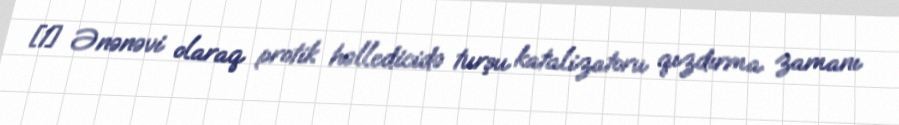
[1] Ənənəvi olaraq protik həlledicidə turşu katalizatoru qızdırma zamanı